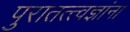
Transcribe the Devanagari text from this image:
पुरातत्त्वज्ञांना